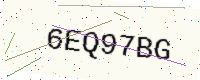
Text: 6EQ97BG